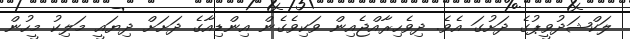
ލަކްޝަދުވީޕުގެ ދަށުގަ އެވެ. ދިވެހިރާއްޖެއިން ވަކިވެގެން އިންޑިއާގެ ދަށަށް ދިޔައީ މަލިކު މީހުން